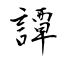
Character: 譚